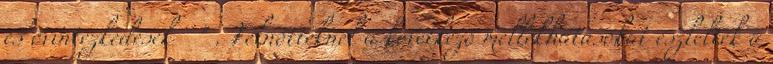
és óvintézkedések " . Felnőtteknél a következő mellékhatásokat észlelték a